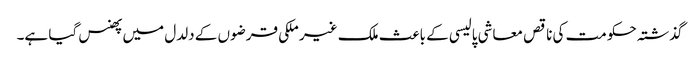
گذشتہ حکومت کی ناقص معاشی پالیسی کے باعث ملک غیر ملکی قرضوں کے دلدل میں پھنس گیا ہے۔